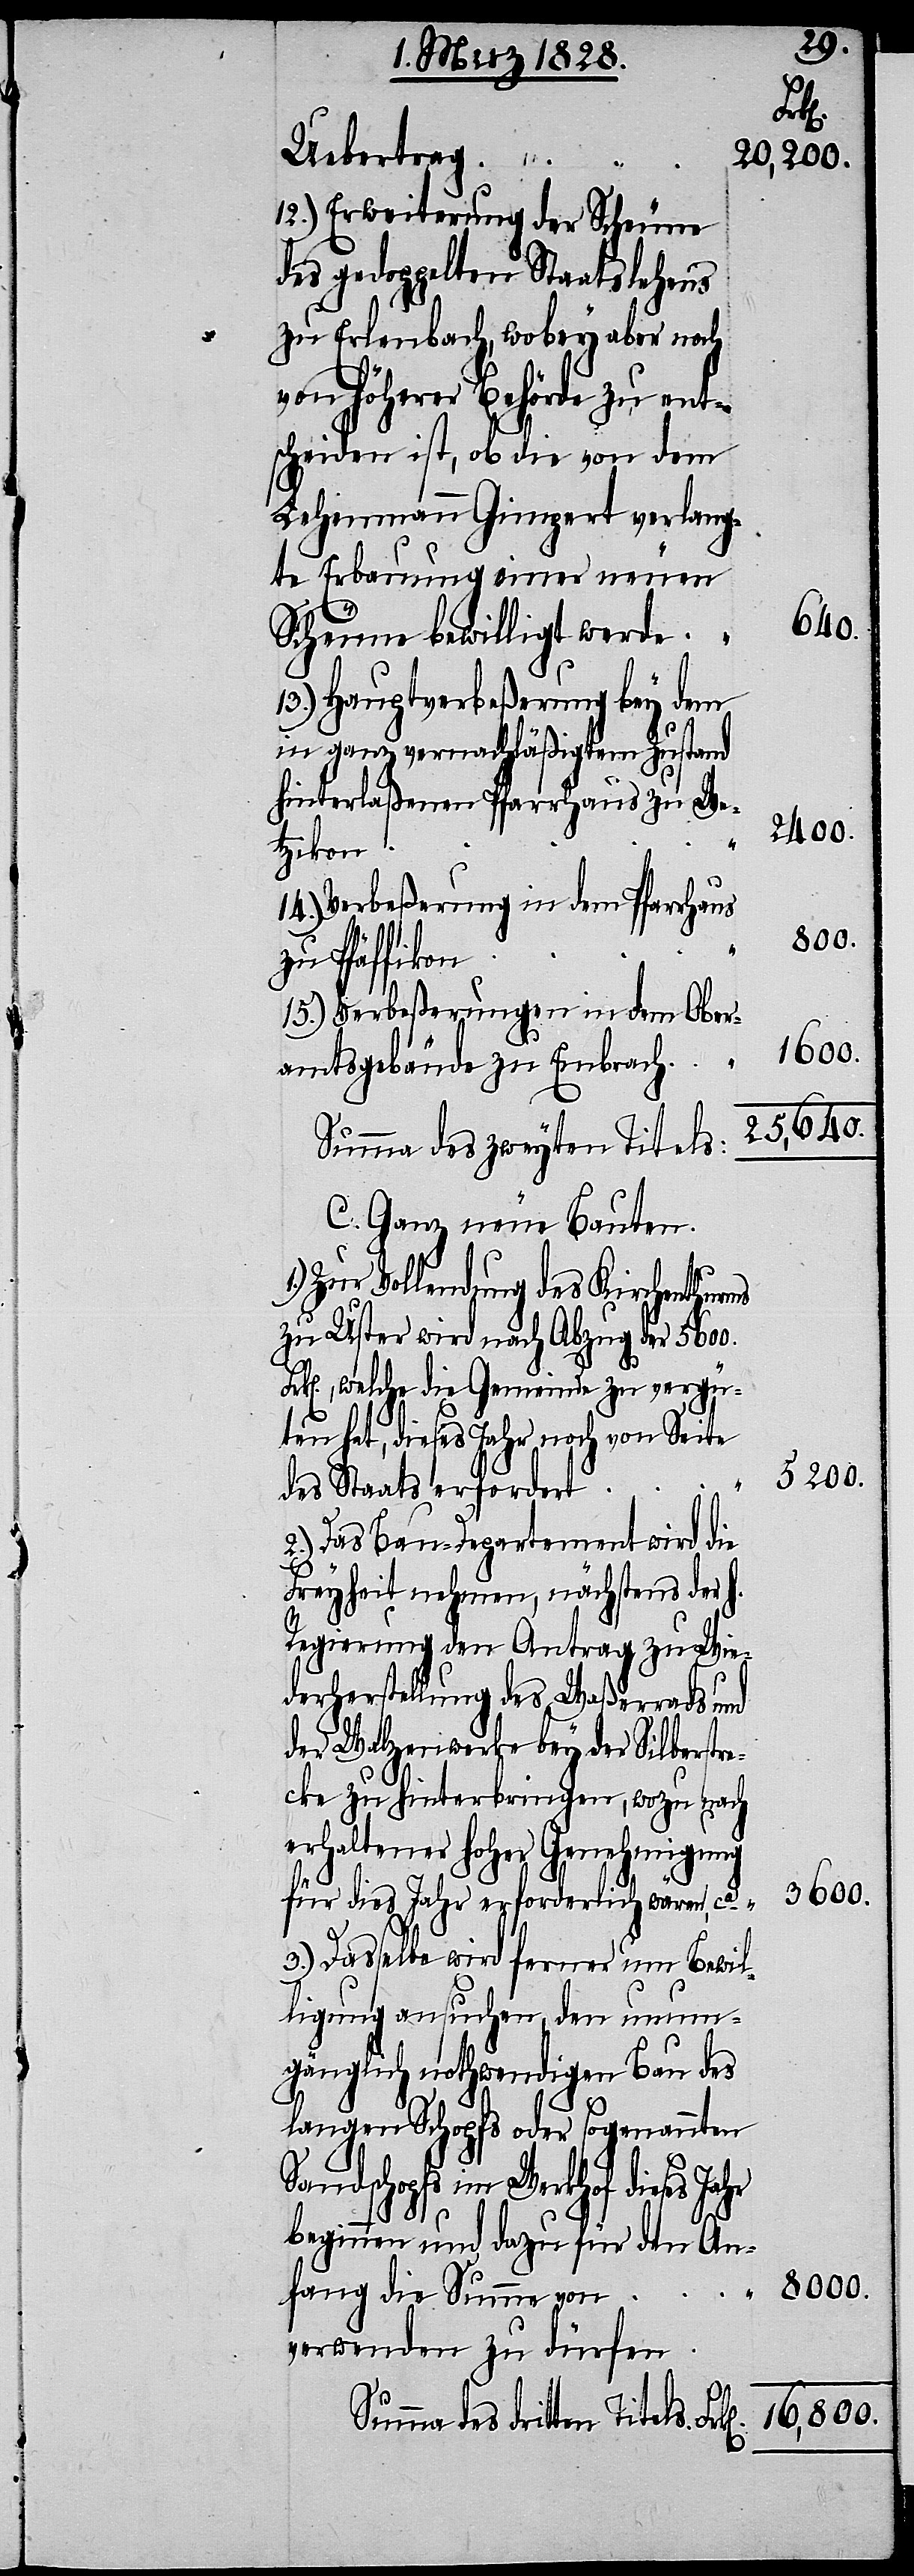
Fr¬
12.) Erweiterung der Scheune
des gedoppelten Staatslehens
zu Erlenbach, wobey aber noch
von höherer Behörde zu ent¬
scheiden ist, ob die von dem
Lehenmann Gimpert verlang¬
te Erbauung einer neuen
640.
Scheune bewilligt werde
13.) Hauptverbeßerung bey dem
in ganz vernachläßigtem Zustand
hinterlaßenen Pfarrhaus zu We¬
2400.
tzikon
14.) Verbeßerung in dem Pfarrhaus
8000.
zu Pfäffikon
15.) Verbeßerungen in dem Ober¬
16,800.
amtsgebäude zu Embrach
25,640.
Summa des dritten Titels.
C. Ganz neue Bauten.
Zur Vollendung des Kirchenthurms
zu Uster wird nach Abzug der 5600.
k[en]., welche die Gemeinde zu vergü¬
ten hat, dieses Jahr noch von Seite
des Staates erfordert
2.) Das Bau-Departement wird die
Freyheit nehmen, nächstens der h.
Regierung den Antrag zu Wie¬
derherstellung des Waßerrads und
der Walzenwerke bey der Silberstr¬
ecke zu hinterbringen, wozu nach
erhaltener hoher Genehmigung
für dies Jahr erforderlich wären, ca
3.) Dasselbe wird ferner um Bewil¬
ligung ansuchen, den unum¬
gänglich nothwendigen Bau des
langen Schopfs des sogenannten
Sandschopfs im Werkhof dieses Jahr
beginnen und dazu für den An¬
fang die Summe von
verwenden zu dürfen.